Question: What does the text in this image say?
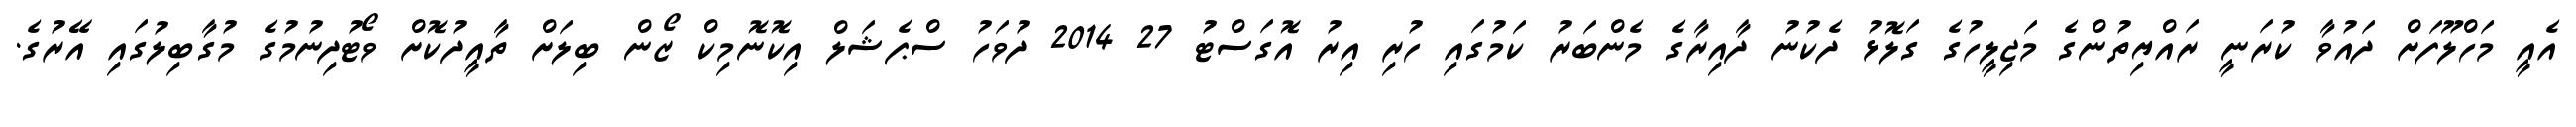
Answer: އެއީ މަހްލޫފަށް ދައުވާ ކުރަނީ ރައްޔިތުންގެ މަޖިލީހުގެ ގަލޮޅު ދެކުނު ދާއިރާގެ މެންބަރު ކަމުގައި ހުރި އިރު އޮގަސްޓު 27 2014 ދުވަހު ސްޕެޝަލް އިކޮނޮމިކް ޒޯން ބިލަށް ތާއީދުކޮށް ވޯޓުދިނުމުގެ މުގާބިލުގައި އޭރުގެ.